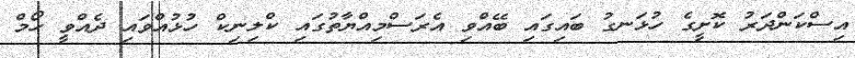
އިސްކަންދަރު ކޮށީގެ ހުޅަނގު ބައިގައި ބޭއްވި އެރަސްމިއްޔާތުގައި ކްލިނިކް ހުޅުއްވައި ދެއްވީ ހޯމް